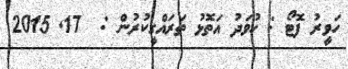
ހަވީރު ފޮޓޯ : ހުވަދު އަތޮޅު ތަރައްގީކުރުން :  17